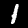
Label: 1